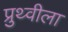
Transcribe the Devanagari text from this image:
प्रुथ्वीला